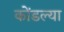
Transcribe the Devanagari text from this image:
कोंडल्या